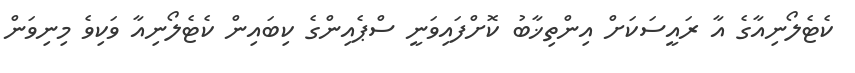
ކެޓެލޯނިއާގެ އާ ރައީސަކަށް އިންތިޚާބު ކޮށްފައިވަނީ ސްޕެއިންގެ ކިބައިން ކެޓެލޯނިއާ ވަކިވެ މިނިވަން